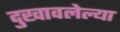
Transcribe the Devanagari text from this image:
दुखावलेल्या